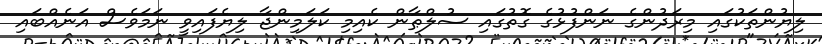
ލިޔުންތަކުގައި މިރަދުންގެ ނަންފުޅުގެ ގޮތުގައި ސުލްޠާން ކެއިމި ކަލަމިންޖާ ލިޔެފައިވީ ނަމަވެސް އަނެއްބައި